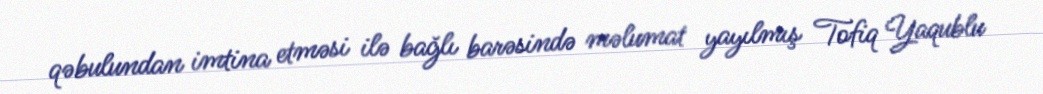
qəbulundan imtina etməsi ilə bağlı barəsində məlumat yayılmış Tofiq Yaqublu